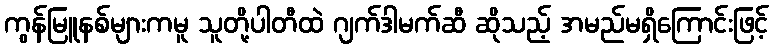
ကွန်မြူနစ်များကမူ သူတို့ပါတီထဲ ဂျက်ဒါမက်ဆီ ဆိုသည့် အမည်မရှိကြောင်းဖြင့်